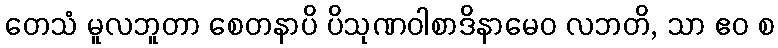
တေသံ မူလဘူတာ စေတနာပိ ပိသုဏဝါစာဒိနာမေဝ လဘတိ, သာ ဧဝ စ